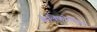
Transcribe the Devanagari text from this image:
कैलिफोर्नियम